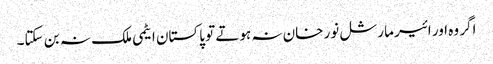
اگر وہ اور ائیر مارشل نور خان نہ ہوتے تو پاکستان ایٹمی ملک نہ بن سکتا۔